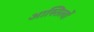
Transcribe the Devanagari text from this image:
आस्तित्वों